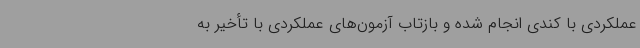
عملکردی با کندی انجام شده و بازتاب آزمون‌های عملکردی با تأخیر به